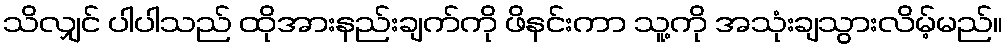
သိလျှင် ပါပါသည် ထိုအားနည်းချက်ကို ဖိနင်းကာ သူ့ကို အသုံးချသွားလိမ့်မည်။